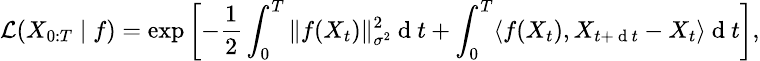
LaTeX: \small\mathcal{L}(X_{0:T}\mid f)=\exp\left[-\frac{1}{2}\int_{0}^{T}\| f(X_{t})\| _{\sigma^{2}}^{2}\mathrm{~d~}t+\int_{0}^{T}\langle f(X_{t}),X_{t+\mathrm{~d~}t}-X_{t}\rangle\mathrm{~d~}t\right],